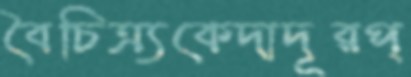
বৈচিত্র্যকেদাদূরপ্